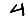
Digit: 4